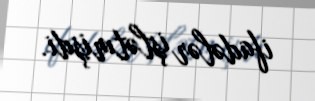
ifadələr işlətmişdi.